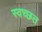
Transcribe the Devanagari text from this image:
स्वच्छत